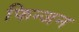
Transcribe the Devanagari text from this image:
फिन्जन